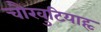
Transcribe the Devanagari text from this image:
चौखुटियाहृ